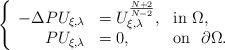
LaTeX: \begin{align*}\left\{\begin{array}{rlll}-\Delta PU_{\xi , \lambda}&=U_{\xi ,\lambda}^{N+2\over N-2}, &\hbox{in}\ \Omega,\\PU_{\xi , \lambda}&=0, &\hbox{on } \ \partial\Omega.\end{array}\right.\end{align*}